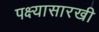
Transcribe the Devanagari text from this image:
पक्ष्यासारखी